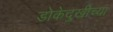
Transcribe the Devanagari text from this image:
डोकेदुखीच्या